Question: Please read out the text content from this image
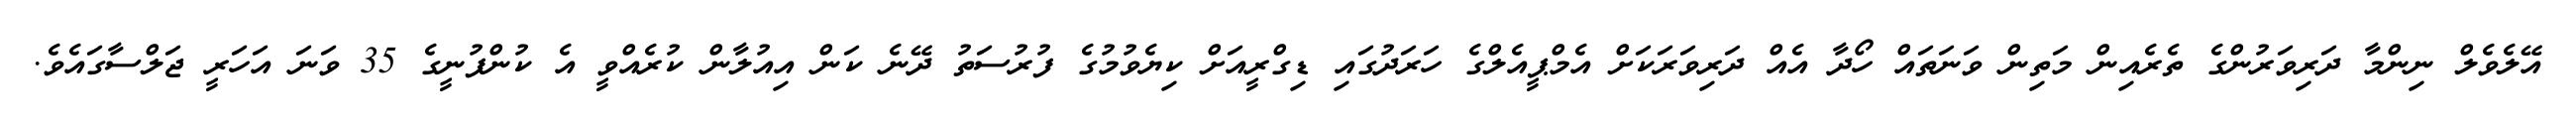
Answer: އޭލެވެލް ނިންމާ ދަރިވަރުންގެ ތެރެއިން މަތިން ވަނަތައް ހޯދާ އެއް ދަރިވަރަކަށް އެމްޕީއެލްގެ ހަރަދުގައި ޑިގްރީއަށް ކިޔެވުމުގެ ފުރުސަތު ދޭނެ ކަން އިއުލާން ކުރެއްވީ އެ ކުންފުނީގެ 35 ވަނަ އަހަރީ ޖަލްސާގައެވެ.